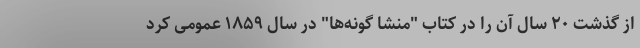
از گذشت ۲۰ سال آن‌ را در کتاب "منشا گونه‌ها" در سال ۱۸۵۹ عمومی کرد